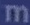
m